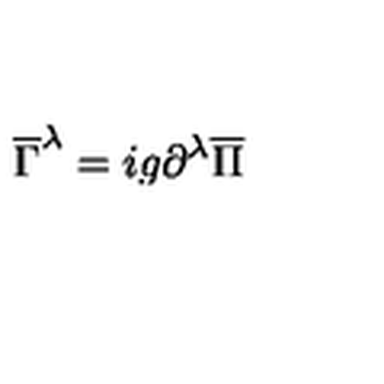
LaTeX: \overline { { \Gamma } } ^ { \lambda } = i g \partial ^ { \lambda } \overline { { \Pi } }